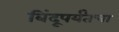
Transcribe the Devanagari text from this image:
बिंदूपर्यंतचा